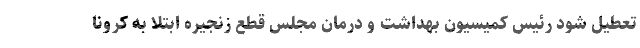
تعطیل شود رئیس کمیسیون بهداشت و درمان مجلس قطع زنجیره‌ ابتلا به کرونا